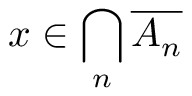
x \in \bigcap _ { n } { \overline { { A _ { n } } } }